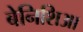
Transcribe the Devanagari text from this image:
बेनिशिआ